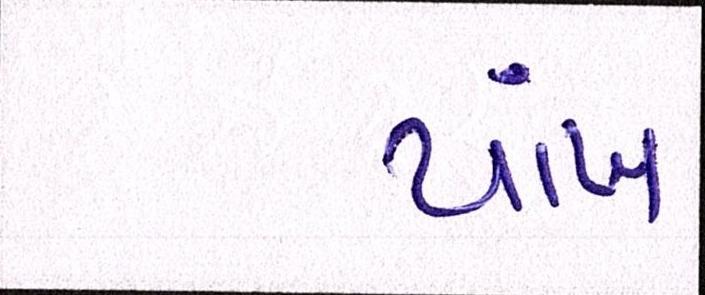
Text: પાંખ